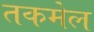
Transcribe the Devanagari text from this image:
तकमेल